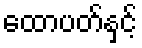
ထောပတ်နှင့်